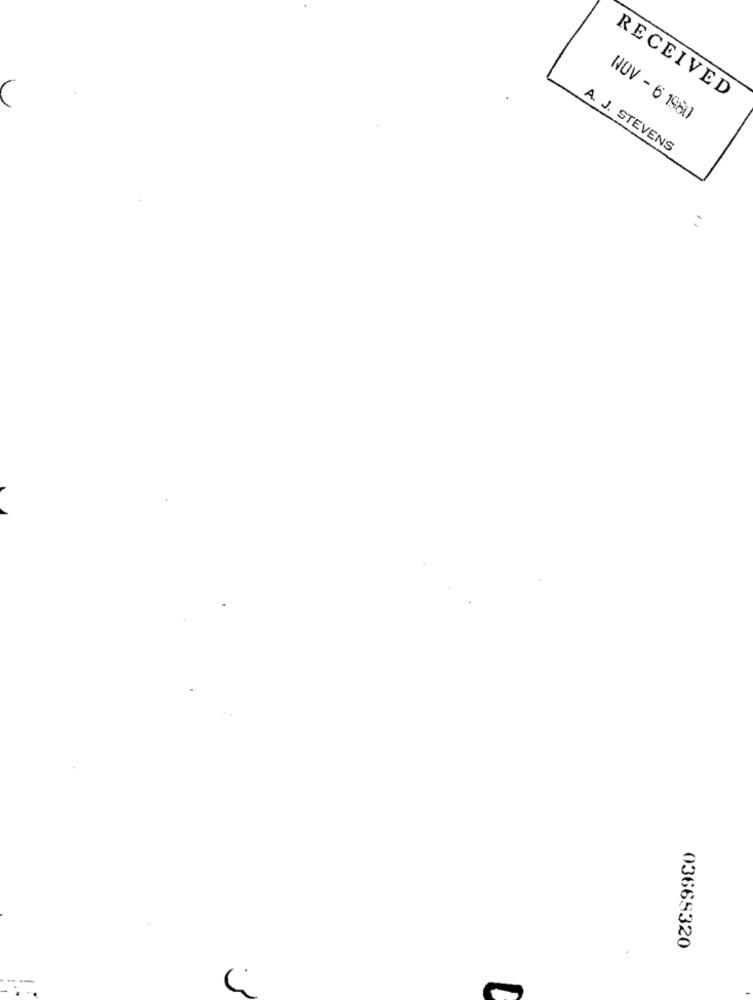
RECEIVED
NOV - 6 1980
A. J. STEVENS
03665320